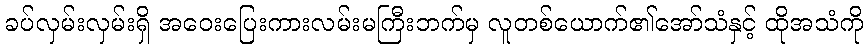
ခပ်လှမ်းလှမ်းရှိ အဝေးပြေးကားလမ်းမကြီးဘက်မှ လူတစ်ယောက်၏အော်သံနှင့် ထိုအသံကို